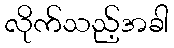
လိုက်သည့်အခါ